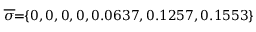
\! \! \! \! \! \! \! \! \! \! \overline { { \sigma } } \! \! = \! \! \{ 0 , 0 , 0 , 0 , 0 . 0 6 3 7 , 0 . 1 2 5 7 , 0 . 1 5 5 3 \} \! \! \!